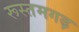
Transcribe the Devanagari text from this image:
रूस्तमगढ़